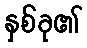
နှစ်ခု၏